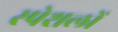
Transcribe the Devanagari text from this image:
स्पेशलों